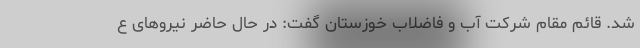
شد. قائم مقام شرکت آب و فاضلاب خوزستان گفت: در حال حاضر نیروهای ع